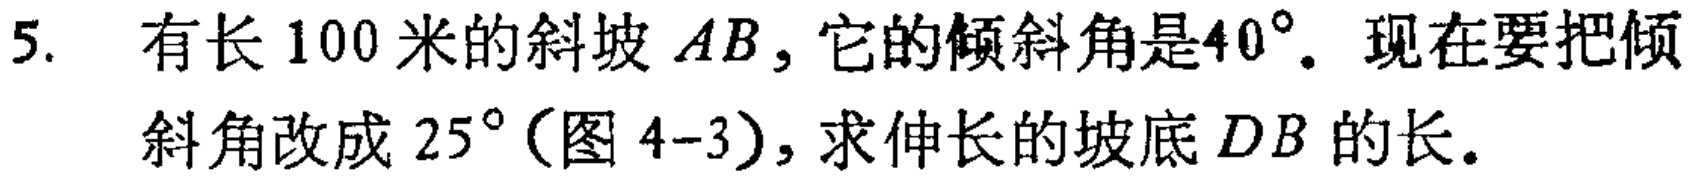
5. 有长 100 米的斜坡 \(AB\)，它的倾斜角是\(40^{\circ}\)。现在要把倾斜角改成 \(25^{\circ}\)(图 4-3)，求伸长的坡底 \(DB\) 的长。